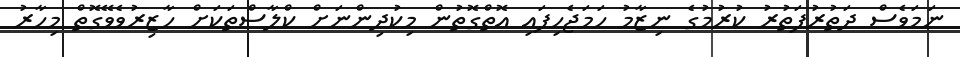
ނަމަވެސް ދަތުރުފަތުރު ކުރުމުގެ ނިޒާމު ހަމަޖެހިފައި އޮތްގޮތުން މިކުދިންނަށް ކްލާސްތަކަށް ހާޒިރުވެވޭގޮތް މިހާރު